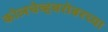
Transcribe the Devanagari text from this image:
कोलचेव्हबरोबरच्या